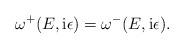
LaTeX: \begin{align*}\omega^{+}(E,\mathrm{i}\epsilon)=\omega^{-}(E,\mathrm{i}\epsilon).\end{align*}